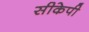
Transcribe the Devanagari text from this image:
सीकेपी